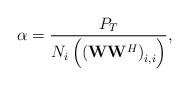
LaTeX: \begin{align*}\alpha = \frac{P_T}{N _{i}\left(\left(\mathbf{W}\mathbf{W}^H \right)_{i,i}\right)},\end{align*}